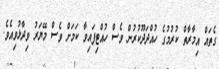
ގެތައް އިމާރާތް ކުރުމުގެ ހުއްދަދޫކުރުން ވެސް ހުއްޓިފައިވާ ކަމަށް ވެސް މޭޔަރު ވިދާޅުވިއެވެ.